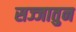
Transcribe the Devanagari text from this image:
सज्जातुन